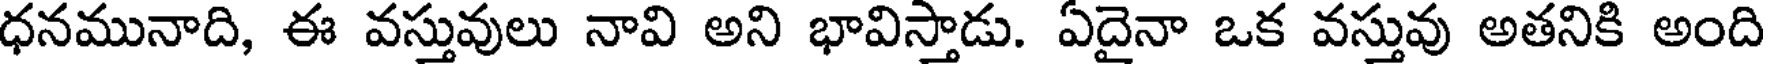
ధనమునాది, ఈ వస్తువులు నావి అని భావిస్తాడు. ఏదైనా ఒక వస్తువు అతనికి అంది